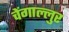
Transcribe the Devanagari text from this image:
चेंगाल्लुर